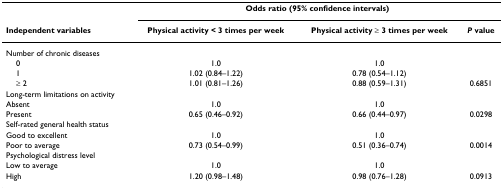
|  | <COLSPAN=3> Odds ratio (95% confidence intervals) |
 | Independent variables | Physical activity < 3 times per week | Physical activity ≥ 3 times per week | P value |
 | --- | --- | --- | --- |
 | Number of chronic diseases |  |  |  |
 | 0 | 1.0 | 1.0 |  |
 | 1 | 1.02 (0.84–1.22) | 0.78 (0.54–1.12) |  |
 | ≥ 2 | 1.01 (0.81–1.26) | 0.88 (0.59–1.31) | 0.6851 |
 | Long-term limitations on activity |  |  |  |
 | Absent | 1.0 | 1.0 |  |
 | Present | 0.65 (0.46–0.92) | 0.66 (0.44–0.97) | 0.0298 |
 | Self-rated general health status |  |  |  |
 | Good to excellent | 1.0 | 1.0 |  |
 | Poor to average | 0.73 (0.54–0.99) | 0.51 (0.36–0.74) | 0.0014 |
 | Psychological distress level |  |  |  |
 | Low to average | 1.0 | 1.0 |  |
 | High | 1.20 (0.98–1.48) | 0.98 (0.76–1.28) | 0.0913 |